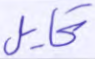
تحايل